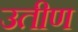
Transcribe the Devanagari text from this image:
उतीण